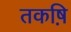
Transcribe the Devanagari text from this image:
तकष़ि